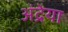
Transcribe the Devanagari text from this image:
अंद्रेया